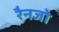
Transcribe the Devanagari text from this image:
रैनजो